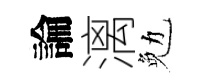
論漓勉